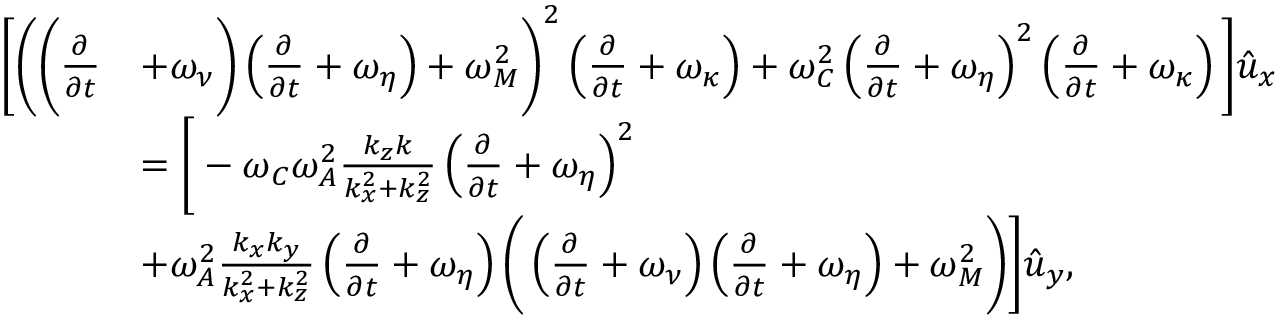
\begin{array} { r l } { \bigg [ \bigg ( \bigg ( \frac { \partial } { \partial { t } } } & { + \omega _ { \nu } \bigg ) \left( \frac { \partial } { \partial { t } } + \omega _ { \eta } \right) + \omega _ { M } ^ { 2 } \bigg ) ^ { 2 } \left( \frac { \partial } { \partial { t } } + \omega _ { \kappa } \right) + \omega _ { C } ^ { 2 } \left( \frac { \partial } { \partial { t } } + \omega _ { \eta } \right) ^ { 2 } \left( \frac { \partial } { \partial { t } } + \omega _ { \kappa } \right) \bigg ] \hat { u } _ { x } } \\ & { = \bigg [ - \omega _ { C } \omega _ { A } ^ { 2 } \frac { k _ { z } k } { k _ { x } ^ { 2 } + k _ { z } ^ { 2 } } \left( \frac { \partial } { \partial { t } } + \omega _ { \eta } \right) ^ { 2 } } \\ & { + \omega _ { A } ^ { 2 } \frac { k _ { x } k _ { y } } { k _ { x } ^ { 2 } + k _ { z } ^ { 2 } } \left( \frac { \partial } { \partial { t } } + \omega _ { \eta } \right) \bigg ( \left( \frac { \partial } { \partial { t } } + \omega _ { \nu } \right) \left( \frac { \partial } { \partial { t } } + \omega _ { \eta } \right) + \omega _ { M } ^ { 2 } \bigg ) \bigg ] \hat { u } _ { y } , } \end{array}